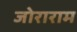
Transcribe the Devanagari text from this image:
जोराराम